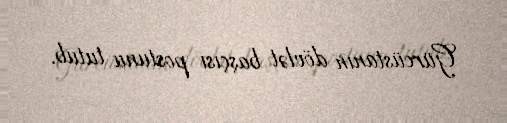
Gürcüstanın dövlət başçısı postunu tutub.